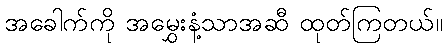
အခေါက်ကို အမွှေးနံ့သာအဆီ ထုတ်ကြတယ်။